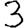
Digit: 3